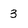
Character: 3